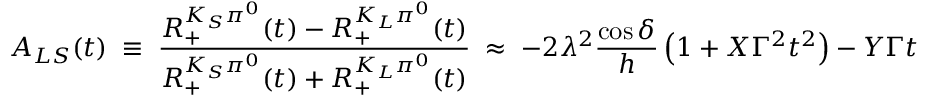
{ \cal A } _ { L S } ( t ) \; \equiv \; \frac { { \cal R } _ { + } ^ { K _ { S } \pi ^ { 0 } } ( t ) - { \cal R } _ { + } ^ { K _ { L } \pi ^ { 0 } } ( t ) } { { \cal R } _ { + } ^ { K _ { S } \pi ^ { 0 } } ( t ) + { \cal R } _ { + } ^ { K _ { L } \pi ^ { 0 } } ( t ) } \; \approx \; - 2 \lambda ^ { 2 } \frac { \cos \delta } { h } \left( 1 + X \Gamma ^ { 2 } t ^ { 2 } \right) ~ - ~ Y \Gamma t \; .